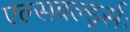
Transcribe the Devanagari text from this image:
एल्सवर्ल्ड्सः